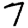
Digit: 7